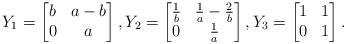
LaTeX: \begin{align*}Y_1=\begin{bmatrix} b & a-b \\ 0 & a\end{bmatrix}, Y_2 = \begin{bmatrix} \frac{1}{b} & \frac{1}{a}-\frac{2}{b} \\ 0 & \frac{1}{a}\end{bmatrix}, Y_3=\begin{bmatrix}1&1\\0&1\end{bmatrix}.\end{align*}